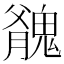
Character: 𩳬